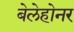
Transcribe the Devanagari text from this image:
बेलेहोनर